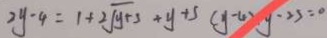
2 y - 4 = 1 + 2 \sqrt { y + 3 } + y + 5 ( y - 4 ) y - 2 5 = 0